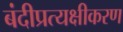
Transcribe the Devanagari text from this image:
बंदीप्रत्यक्षीकरण